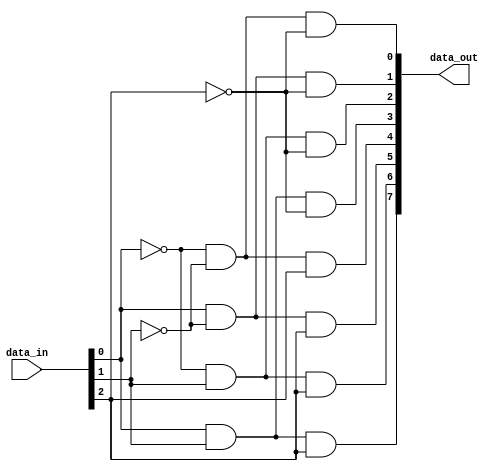
// Template for problem c

module three_eight_dec(data_out, data_in);
	output [7:0] data_out;
	input [2:0] data_in;
	wire [2:0] data_in_not;
	not n0 (data_in_not[0], data_in[0]);
	not n1 (data_in_not[1], data_in[1]);
	not n2 (data_in_not[2], data_in[2]);
	and a0(data_out[0], data_in_not[0],data_in_not[1], data_in_not[2]); 
	and a1(data_out[1], data_in[0],data_in_not[1], data_in_not[2]); 
	and a2(data_out[2], data_in_not[0],data_in[1], data_in_not[2]); 
	and a3(data_out[3], data_in[0],data_in[1], data_in_not[2]); 
	and a4(data_out[4], data_in_not[0],data_in_not[1], data_in[2]); 
	and a5(data_out[5], data_in[0],data_in_not[1], data_in[2]); 
	and a6(data_out[6], data_in_not[0],data_in[1], data_in[2]); 
	and a7(data_out[7], data_in[0],data_in[1], data_in[2]); 

	
endmodule